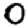
Digit: 0